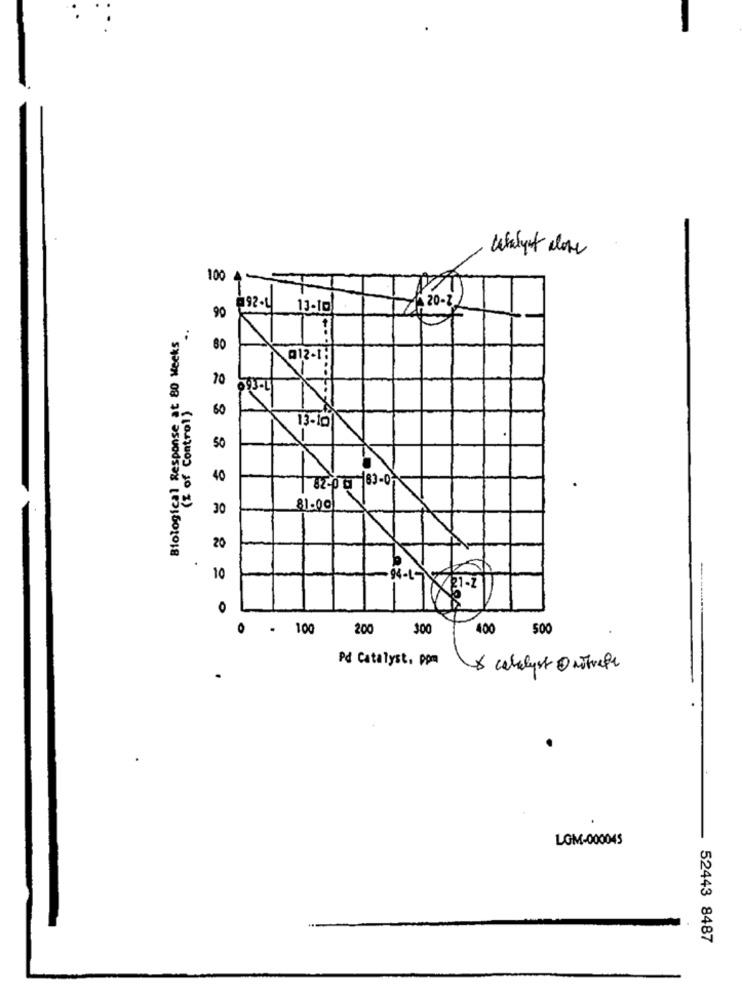
100 4-
192.U
13-10
, 20-2
90
Biological Response at 80 Weeks
.-
80
Q12-1:
70
093-LI
(z of Control)
60
13-16
50
40
| 82-06 63-0
.
30
81.00
20
10
-8-197
721-1
No
O
. 100
200
300
400
500
Pd Catalyst, ppm
& cobelyst Onstraft
LGM-000045
52443 8487